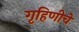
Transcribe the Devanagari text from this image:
गृहिणीचे